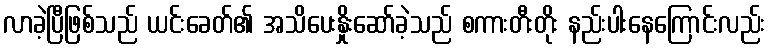
လာခဲ့ပြီဖြစ်သည် ယင်းခေတ်၏ အသိပေးနှိုးဆော်ခဲ့သည် စကားတီးတိုး နည်းပါးနေကြောင်းလည်း